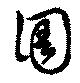
圄